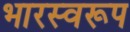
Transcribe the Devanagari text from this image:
भारस्वरूप